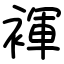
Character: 褌